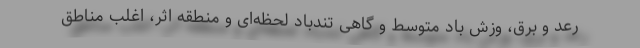
رعد و برق، وزش باد متوسط و گاهی تندباد لحظه‌ای و منطقه اثر، اغلب مناطق